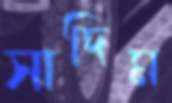
সাদিম